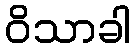
ဝိသာခါ